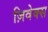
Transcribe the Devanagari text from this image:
ज़िवेक्स